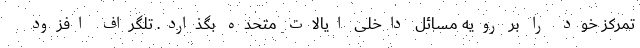
تمرکز خود را بر رویه مسائل داخلی ایالات متحده بگذارد. تلگراف افزود